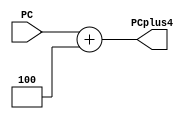
`timescale 1ns / 1ps
//////////////////////////////////////////////////////////////////////////////////
// Company: 
// Engineer: 
// 
// Design Name: 
// Module Name:    Add4 
// Project Name: 
// Target Devices: 
// Tool versions: 
// Description: 
//
// Dependencies: 
//
// Revision: 
// Revision 0.01 - File Created
// Additional Comments: 
//
//////////////////////////////////////////////////////////////////////////////////
module Add4(
	 input  [31:0] PC,           //
    output  [31:0] PCplus4      //PC+4
    );
	 assign PCplus4 = PC + 32'h0000_0004;

endmodule